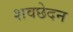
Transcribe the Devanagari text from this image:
शवछेदन